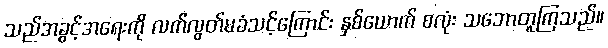
သည်အခွင့်အရေးကို လက်လွတ်မခံသင့်ကြောင်း နှစ်ယောက် စလုံး သဘောတူကြသည်။